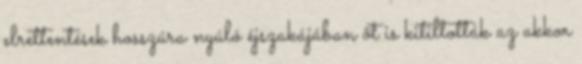
elrettentések hosszúra nyúló éjszakájában õt is kitiltották az akkor